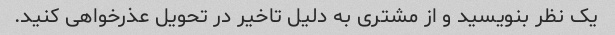
یک نظر بنویسید و از مشتری به دلیل تاخیر در تحویل عذرخواهی کنید.